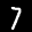
Label: 7